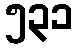
၅၃၁